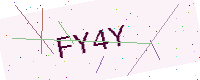
Text: FY4Y